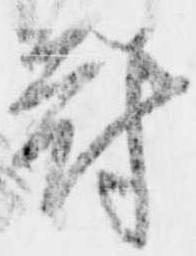
府